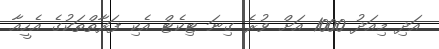
އަދި މިއަދު 1000 އަށް ވުރެ ގިނަ ޓިކެޓް އެކި ފަރާތްތަކުގެ އެހީއާ